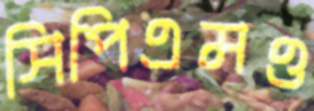
সিপিএমও